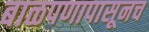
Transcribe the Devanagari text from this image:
बाळपणापासूनच